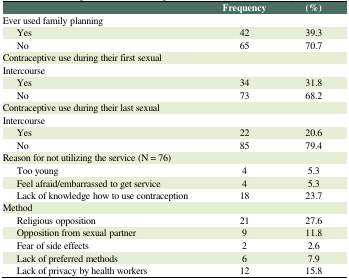
|  | Frequency | (%) |
 | --- | --- | --- |
 | Ever used family planning |  |  |
 | Yes | 42 | 39.3 |
 | No | 65 | 70.7 |
 | Contraceptive use during their first sexual |  |  |
 | Intercourse |  |  |
 | Yes | 34 | 31.8 |
 | No | 73 | 68.2 |
 | Contraceptive use during their last sexual |  |  |
 | Intercourse |  |  |
 | Yes | 22 | 20.6 |
 | No | 85 | 79.4 |
 | Reason for not utilizing the service (N = 76) |  |  |
 | Too young | 4 | 5.3 |
 | Feel afraid/embarrassed to get service | 4 | 5.3 |
 | Lack of knowledge how to use contraception | 18 | 23.7 |
 | Method |  |  |
 | Religious opposition | 21 | 27.6 |
 | Opposition from sexual partner | 9 | 11.8 |
 | Fear of side effects | 2 | 2.6 |
 | Lack of preferred methods | 6 | 7.9 |
 | Lack of privacy by health workers | 12 | 15.8 |